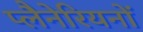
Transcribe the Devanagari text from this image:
प्लैनेरियनों